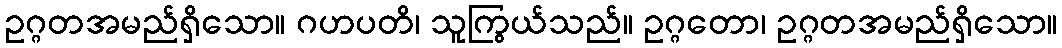
ဥဂ္ဂတအမည်ရှိသော။ ဂဟပတိ၊ သူကြွယ်သည်။ ဥဂ္ဂတော၊ ဥဂ္ဂတအမည်ရှိသော။